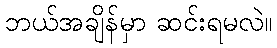
ဘယ်အချိန်မှာ ဆင်းရမလဲ။